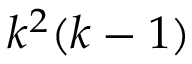
k ^ { 2 } ( k - 1 )